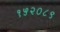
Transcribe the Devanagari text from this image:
१५२०८९